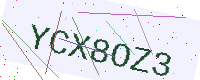
Text: YCX8OZ3